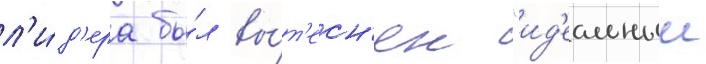
л'и́д'ера бы́л вы́т'есн'ен "ид'еальныи